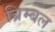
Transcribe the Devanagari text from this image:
ब्रिम्बल